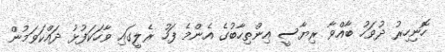
ހޮނިހިރު ދުވަހު ބާއްވާ ރިޔާސީ އިންތިހާބުގެ އެންމެ ފަހު ރެލީގައި ވާހަކަފުޅު ދައްކަވަމުން